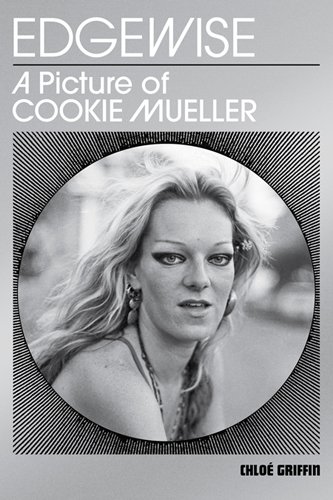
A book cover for Edgewise: A Picture of Cookie Mueller; ChloÃ© Griffin; Biographies & Memoirs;